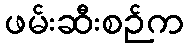
ဖမ်းဆီးစဉ်က